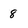
Character: 8